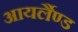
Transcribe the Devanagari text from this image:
आयर्लैण्ड